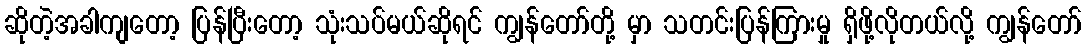
ဆိုတဲ့အခါကျတော့ ပြန်ပြီးတော့ သုံးသပ်မယ်ဆိုရင် ကျွန်တော်တို့ မှာ သတင်းပြန်ကြားမှု ရှိဖို့လိုတယ်လို့ ကျွန်တော်